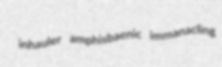
inhauler amphisbaenic immanacling